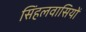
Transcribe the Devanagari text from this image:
सिंहलवासियों